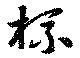
杯